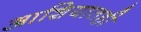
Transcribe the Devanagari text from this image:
आशियातही